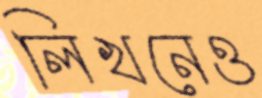
লিখনেও